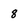
Character: 8